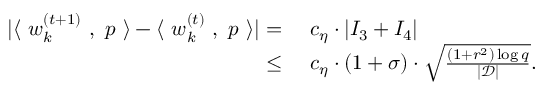
\begin{array} { r l } { | \langle ~ { \boldsymbol w } _ { k } ^ { ( t + 1 ) } ~ , ~ { \boldsymbol p } ~ \rangle - \langle ~ { \boldsymbol w } _ { k } ^ { ( t ) } ~ , ~ { \boldsymbol p } ~ \rangle | = } & { ~ c _ { \eta } \cdot | I _ { 3 } + I _ { 4 } | } \\ { \le } & { ~ c _ { \eta } \cdot ( 1 + \sigma ) \cdot \sqrt { \frac { ( 1 + r ^ { 2 } ) \log q } { | \mathcal { D } | } } . } \end{array}